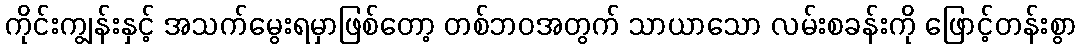
ကိုင်းကျွန်းနှင့် အသက်မွေးရမှာဖြစ်တော့ တစ်ဘဝအတွက် သာယာသော လမ်းစခန်းကို ဖြောင့်တန်းစွာ